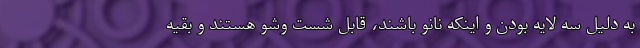
به دلیل سه لایه بودن و اینکه نانو باشند، قابل شست وشو هستند و بقیه